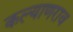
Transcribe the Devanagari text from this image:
कल्याणराव